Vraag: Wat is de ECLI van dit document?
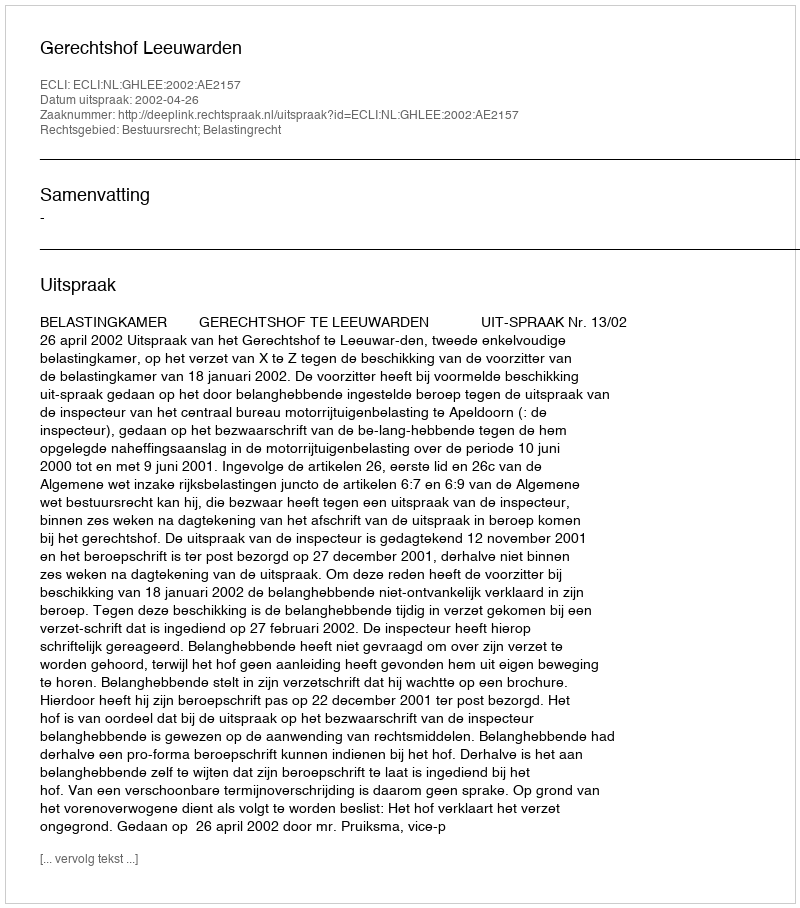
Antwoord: ECLI:NL:GHLEE:2002:AE2157